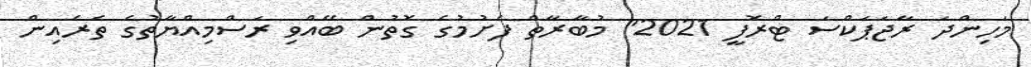
މަހިންދަ ރާޖަޕަކްސަ ޓްރޮފީ 2021" މުބާރާތް ފެށުމުގެ ގޮތުން ބޭއްވި ރަސްމިއްޔާތުގެ ތެރެއިން